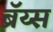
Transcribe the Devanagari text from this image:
ब्रॅय्स